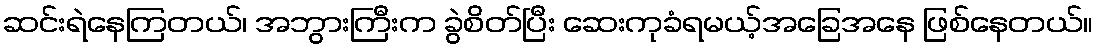
ဆင်းရဲနေကြတယ်၊ အဘွားကြီးက ခွဲစိတ်ပြီး ဆေးကုခံရမယ့်အခြေအနေ ဖြစ်နေတယ်။